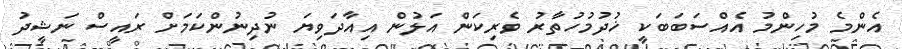
އެންމެ މުހިންމު އެއްސަބަބަކީ ޚުދުމުހުތާރު ވެރިކަން އަލުން އިއާދަވިޔަ ނުދިނުންކަމަށް ރައީސް ނަޝީދު